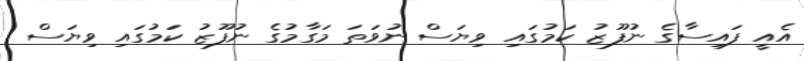
އެއީ ފައިސާގެ ނުފޫޒު ކަމުގައި ވިޔަސް ނުވަތަ މަގާމުގެ ނުފޫޒު ކަމުގައި ވިޔަސް